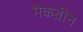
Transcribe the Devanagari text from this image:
मैकब्रीन